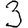
Digit: 3